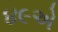
૪૯એ